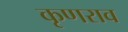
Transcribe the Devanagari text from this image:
कृणराव